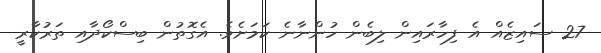
27 ސައިޒެއް އެ ފިހާރައިން ލިބެން ހުންނާނެ ކަމަށެވެ. އެގޮތުން ބިސްކޯދާއި ތަރުކާރީ